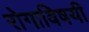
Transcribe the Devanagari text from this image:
रोगाविषयी